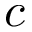
c